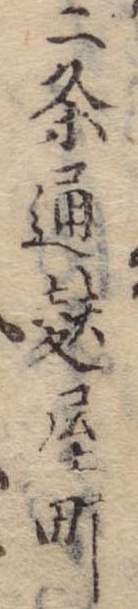
二条通麩屋町